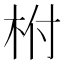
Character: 柎